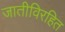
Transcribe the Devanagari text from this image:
जातीविरहित